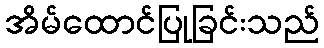
အိမ်ထောင်ပြုခြင်းသည်